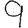
Digit: 9